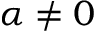
\alpha \neq 0